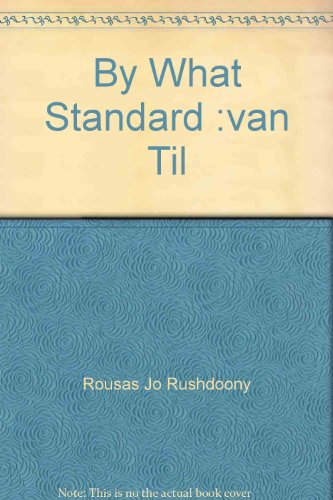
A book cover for By What Standard :van Til; Rousas Jo Rushdoony; Christian Books & Bibles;